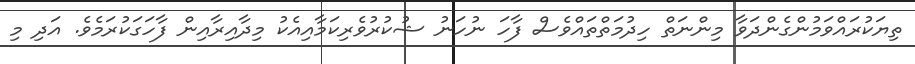
ތިޔަކުރައްވަމުންގެންދަވާ މިންނަތް ހިދުމަތްތައްވެސް ފާހަ ނުހަނު ޝުކުރުވެރިކަމާއިއެކު މިދާއިރާއިން ފާހަގަކުރަމެވެ. އަދި މި